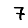
Digit: 7